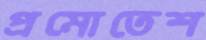
প্রমোতেশ